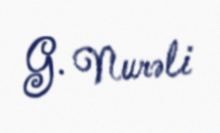
G. Nurəli